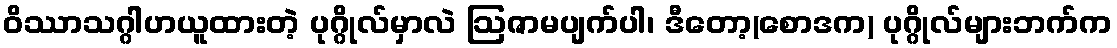
ဝိဿာသဂ္ဂါဟယူထားတဲ့ ပုဂ္ဂိုလ်မှာလဲ ဩဇာမပျက်ပါ၊ ဒီတော့(စောဒက) ပုဂ္ဂိုလ်များဘက်က